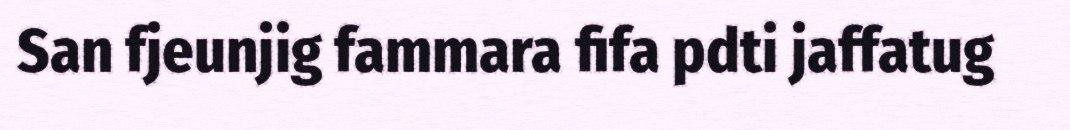
San fjeunjig fammara fifa pdti jaffatug